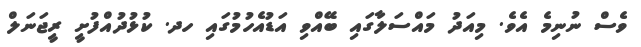
ވެސް ނުނިމެ އެވެ. މިއަދު މައްސަލާގައި ބޭއްވި އަޑުއެހުމުގައި ހދ. ކުޅުދުއްފުށީ ރީޖަނަލް